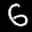
Label: 6